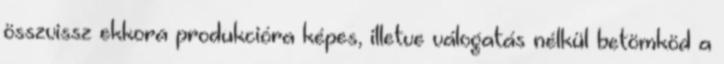
összvissz ekkora produkcióra képes, illetve válogatás nélkül betömköd a